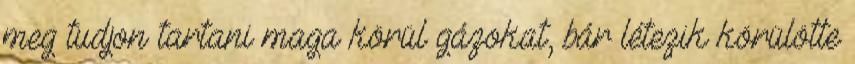
meg tudjon tartani maga körül gázokat, bár létezik körülötte